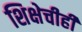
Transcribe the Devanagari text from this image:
शिक्षेचीही